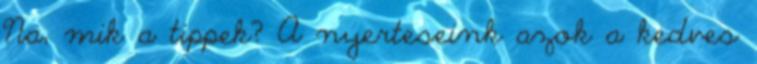
Na, mik a tippek? A nyerteseink azok a kedves